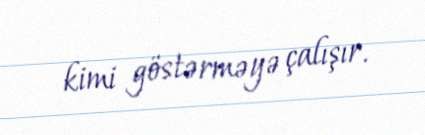
kimi göstərməyə çalışır.